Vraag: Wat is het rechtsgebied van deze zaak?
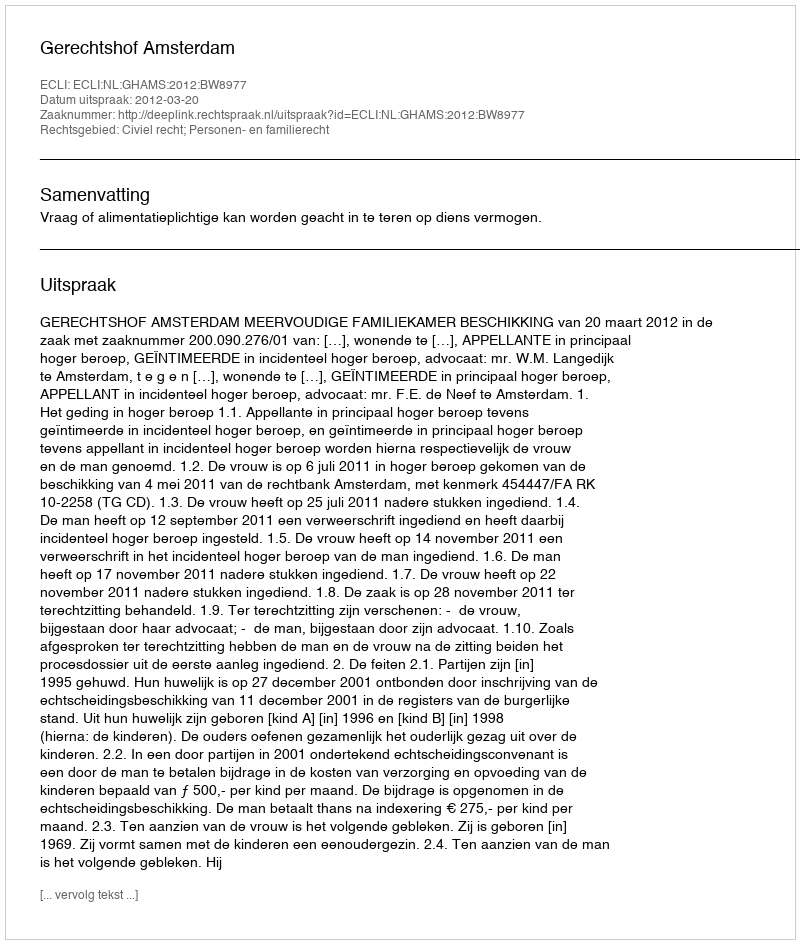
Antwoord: Civiel recht; Personen- en familierecht